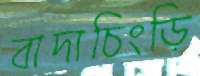
বাদাচিংড়ি